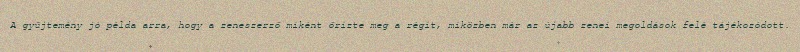
A gyűjtemény jó példa arra, hogy a zeneszerző miként őrizte meg a régit, miközben már az újabb zenei megoldások felé tájékozódott.